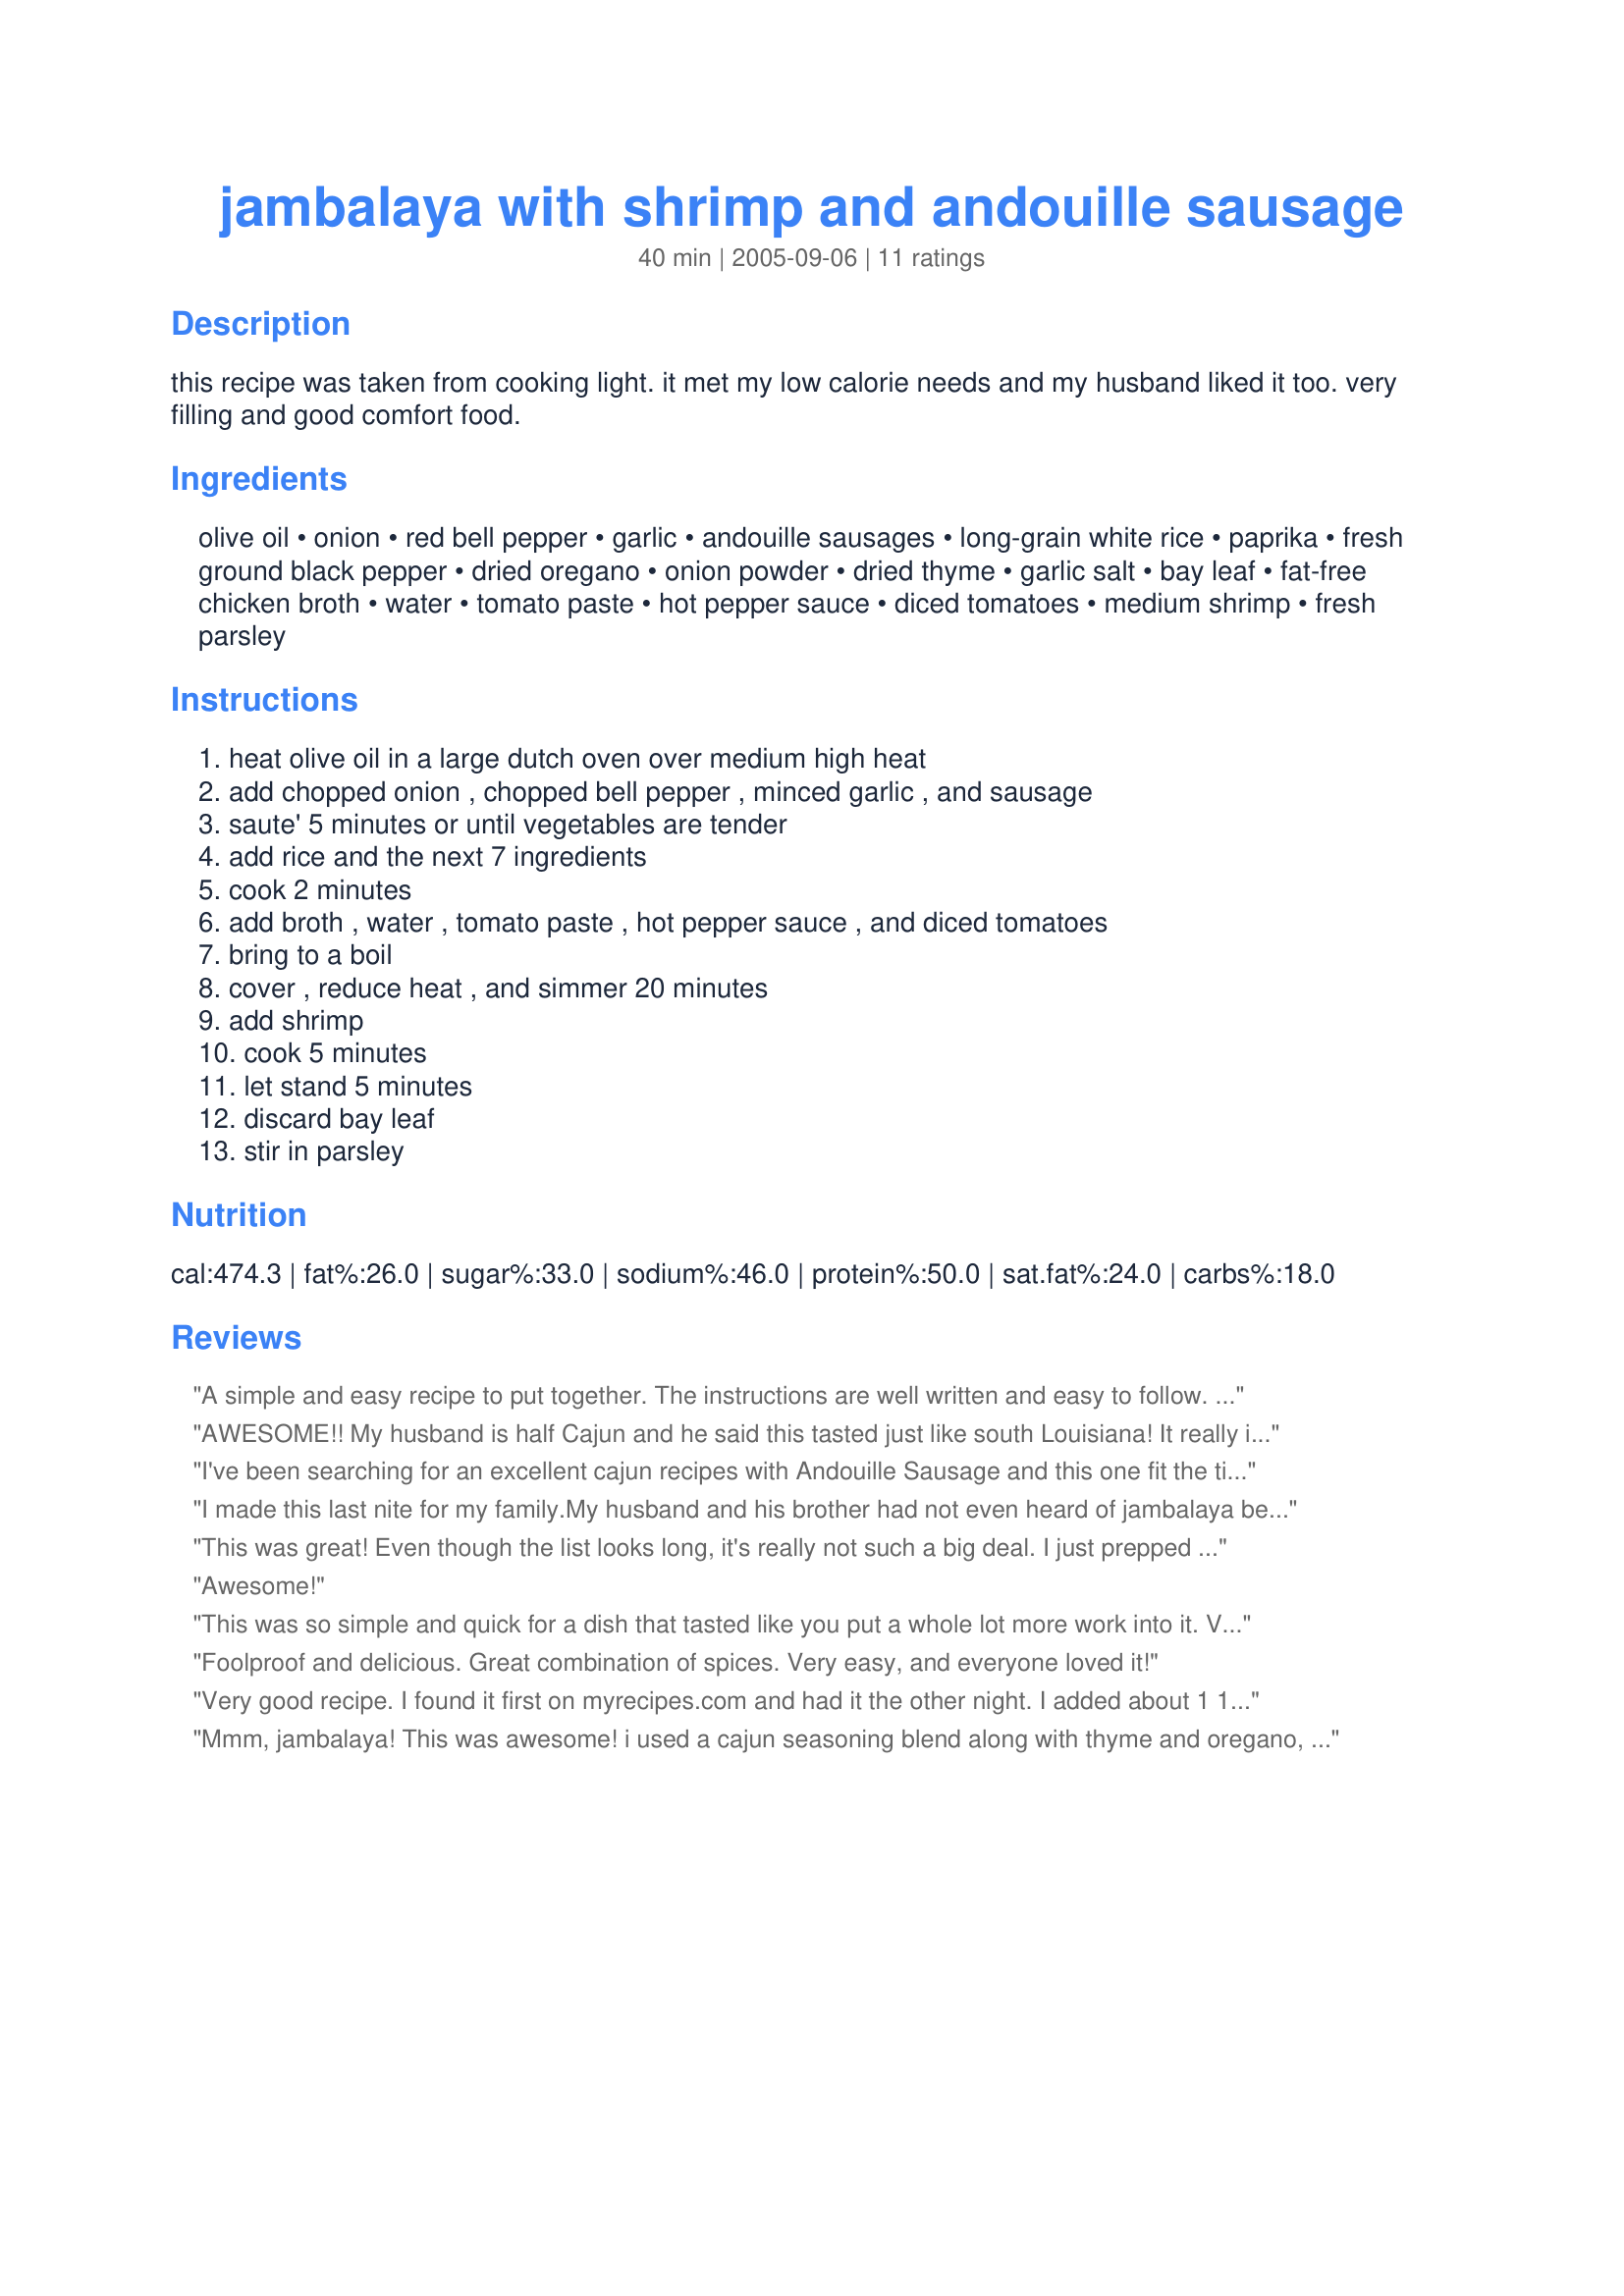
jambalaya with shrimp and andouille sausage
Preparation time: 40 minutes

this recipe was taken from cooking light. it met my low calorie needs and my husband liked it too. very filling and good comfort food.

Ingredients:
olive oil, onion, red bell pepper, garlic, andouille sausages, long-grain white rice, paprika, fresh ground black pepper, dried oregano, onion powder, dried thyme, garlic salt, bay leaf, fat-free chicken broth, water, tomato paste, hot pepper sauce, diced tomatoes, medium shrimp, fresh parsley

Steps:
heat olive oil in a large dutch oven over medium high heat, add chopped onion , chopped bell pepper , minced garlic , and sausage, saute' 5 minutes or until vegetables are tender, add rice and the next 7 ingredients, cook 2 minutes, add broth , water , tomato paste , hot pepper sauce , and diced tomatoes, bring to a boil, cover , reduce heat , and simmer 20 minutes, add shrimp, cook 5 minutes, let stand 5 minutes, discard bay leaf, stir in parsley

Reviews:
A simple and easy recipe to put together. The instructions are well written and easy to follow. Instead of the black pepper, I went with 1/2 teaspoon cayenne pepper and used crawfish tails in place of the shrimp. This was served with Louisanna hot sauce on the side. Everyone enjoyed it.
AWESOME!! My husband is half Cajun and he said this tasted just like south Louisiana! It really is a pretty quick meal too! I didn&#039;t have any chicken broth but I had a chicken bouillon base, so I used that with about 4 cups of water and reduced it down using the shrimp shells and 1/2 an onion and made a shrimp/chicken stock while I prepared the onions &amp; peppers and browned the meat. I used an extra 3/4 c. of stock to replace the water in the recipe also. (In all I used the 2 3/4 c. liquid called for in the recipe). My shrimp was a little rubbery, so next time I will try an Alton Brown trick and add the shrimp, turn off the heat for 5 minutes and the shrimp is suppose to cook to perfection. Thank you SO much for sharing this recipe. It will be a keeper for sure!!
I've been searching for an excellent cajun recipes with Andouille Sausage and this one fit the ticket. Authentic cajun flovoring and easy to make. I did make a few minor adjustments like increasing the amount of shrimp (I'm a shrimp lover)and using three strips of bacon instead of the olive oil. As far as the preparation, this recipe was fairly easy to prepare compared to other cajun recipies I've tried.
I made this last nite for my family.My husband and his brother had not even heard of jambalaya before. When they ate this they were amazed! This is an awsome recipe.I had to use mild italian sausage as I could not find andouille sausage in my hometown store.It still came out wonderful.Thanks for an awsome jambalaya!!!
This was great! Even though the list looks long, it's really not such a big deal. I just prepped everything and then dropped the respective bowl at the right time. We ate with french with garlic butter. I think this will be even better tomorrow. Thanks for posting!
Awesome!
This was so simple and quick for a dish that tasted like you put a whole lot more work into it. Very tasty. Hope you like spicy cuz that Andouille will get ya!
Foolproof and delicious. Great combination of spices. Very easy, and everyone loved it!
Very good recipe. I found it first on myrecipes.com and had it the other night. I added about 1 1/2 cups of diced chicken when cooking the sausage. My whole family loved it- not too spicy.
Mmm, jambalaya! This was awesome! i used a cajun seasoning blend along with thyme and oregano, and it was perfectly seasoned, just the right amount of heat. A great recipe! Thanks!
Outstanding! I don't think I'll be making my mom's jambalaya any longer; this one is better. At first I was skeptical about using a red bell pepper instead of a green one, but it was great. When you first take the lid off when putting in the shrimp, you might think it's got too much liquid. However, with the last 5 mins of cooking and 5 mins of rest, it was just perfect. If you have someone in the family that doesn't like spicy-hot food, tho, leave out the 1/2 tsp. of pepper sauce. The andouilles add plenty on their own. I wish I'd had come crusty french bread to go with it. Anyway, perfection. Thank you for a great recipe.
